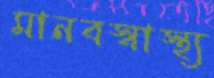
মানবস্বাস্থ্য